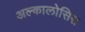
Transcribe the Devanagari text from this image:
अल्कालोसिस